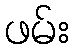
ဖမ်း